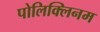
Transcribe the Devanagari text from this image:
पोलिक्लिनम